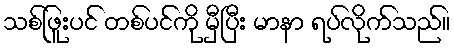
သစ်ဖြူးပင် တစ်ပင်ကို မှီပြီး မာနာ ရပ်လိုက်သည်။